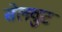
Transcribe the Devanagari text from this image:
सेलवुट